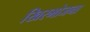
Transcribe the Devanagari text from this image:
खिरभोजना